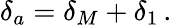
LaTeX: \delta_{a}=\delta_{M}+\delta_{1}\, .